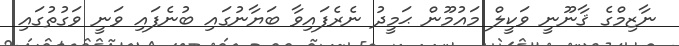
ނާޒިމްގެ ޤާނޫނީ ވަކީލް މައުމޫން ޙަމީދު ނެރެފައިވާ ބަޔާނުގައި ބުނެފައި ވަނީ ވަގުތުގައި